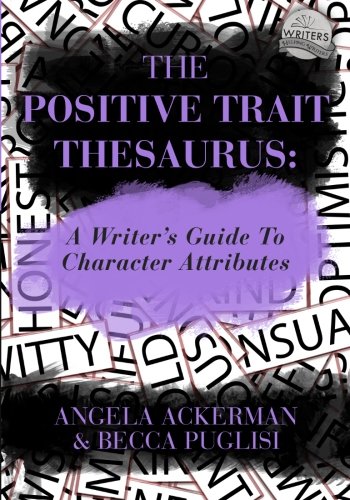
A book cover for The Positive Trait Thesaurus: A Writer's Guide to Character Attributes (Writers Helping Writers); Angela Ackerman; Reference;